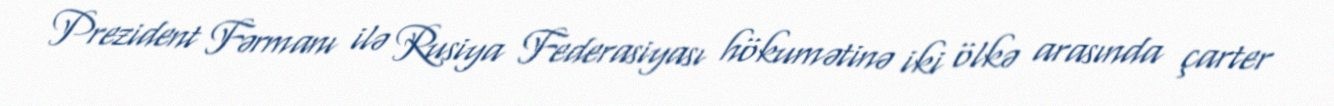
Prezident Fərmanı ilə Rusiya Federasiyası hökumətinə iki ölkə arasında çarter